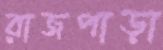
রাজপাড়া